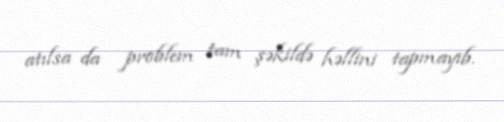
atılsa da problem tam şəkildə həllini tapmayıb.